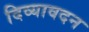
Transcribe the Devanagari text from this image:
दिव्‍यावदन